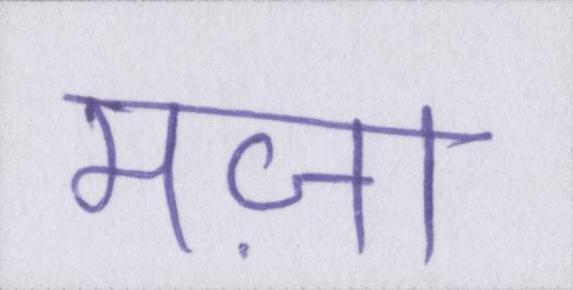
मज़ा